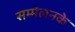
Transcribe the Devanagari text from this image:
सम्मेलनके